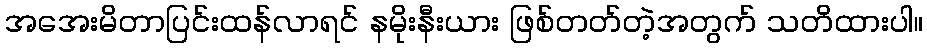
အအေးမိတာပြင်းထန်လာရင် နမိုးနီးယား ဖြစ်တတ်တဲ့အတွက် သတိထားပါ။